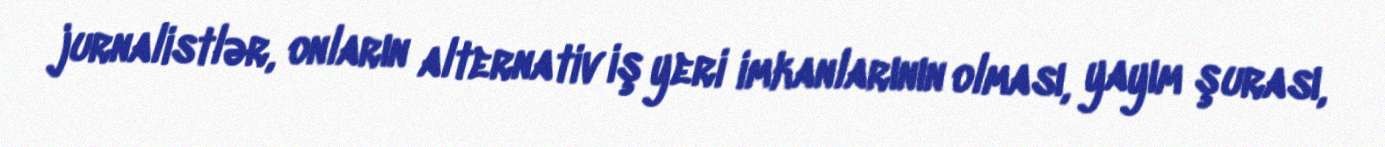
jurnalistlər, onların alternativ iş yeri imkanlarının olması, yayım şurası,